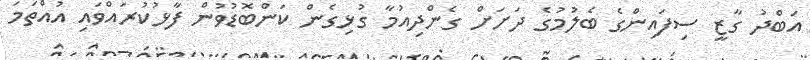
އަބްދު ގާޒީ ސިފައިންގެ ބެލުމުގެ ދަށަށް ގެންދިއުމާ ގުޅިގެން ކަންބޮޑުވުން ފާޅުކުރައްވައި އުއްތަމަ